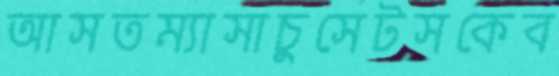
আসতম্যাসাচুসেটসকেব